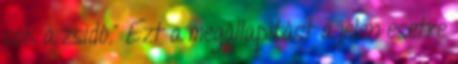
sok a zsidó." Ezt a megállapítást a jelen esetre